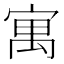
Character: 寓